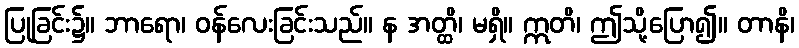
ပြုခြင်း၌။ ဘာရော၊ ဝန်လေးခြင်းသည်။ န အတ္ထိ၊ မရှိ။ ဣတိ၊ ဤသို့ပြော၍။ တာနိ၊